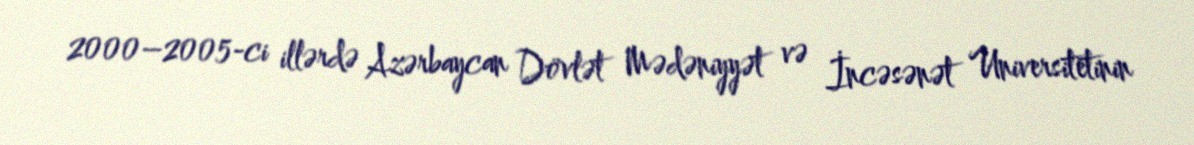
2000–2005-ci illərdə Azərbaycan Dövlət Mədəniyyət və İncəsənət Universitetinin